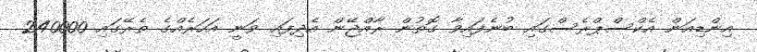
އިންޑިއަން އެކްސްޕްރެސްގައި ބުނެފައިވާ ގޮތުން ރާއްޖޭން އެދިފައި ވަނީ އަހަރެއްގެ ތެރޭގައި 240000